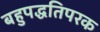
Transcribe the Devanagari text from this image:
बहुपद्धतिपरक